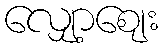
လျှော့ဈေး